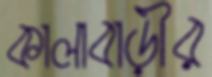
কালাবাড়ীর